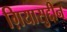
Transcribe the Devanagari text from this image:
ग़ियासुद्दीन